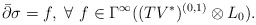
\begin{align*} \bar{\partial}\sigma=f, ~\forall ~ f\in \Gamma^\infty( (TV^*)^{(0,1)}\otimes L_0). \end{align*}